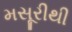
મસૂરીથી